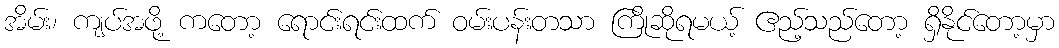
အိမ်း၊ ကျပ်အဖို့ ကတော့ ရောင်းရင်းထက် ဝမ်းပန်းတသာ ကြိုဆိုရမယ့် ဧည့်သည်တော့ ရှိနိုင်တော့မှာ